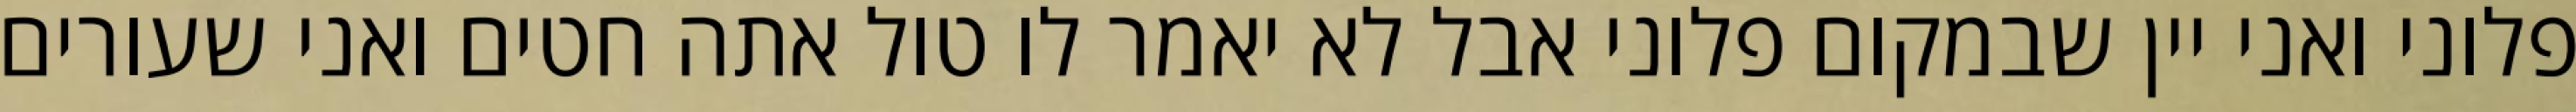
פלוני ואני יין שבמקום פלוני אבל לא יאמר לו טול אתה חטים ואני שעורים